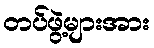
တပ်ဖွဲ့များအား